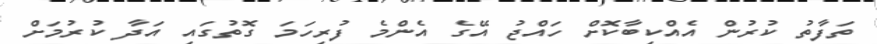
ތަފާތު ކުރުން އެއްކިބާކޮށް ހައްޖު އޭގެ އެންމެ ފުރިހަމަ ގޮތުގައި އަދާ ކުރުމަށް